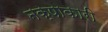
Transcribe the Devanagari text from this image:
नक्षाकारी